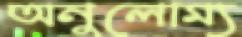
অনুলোম্য